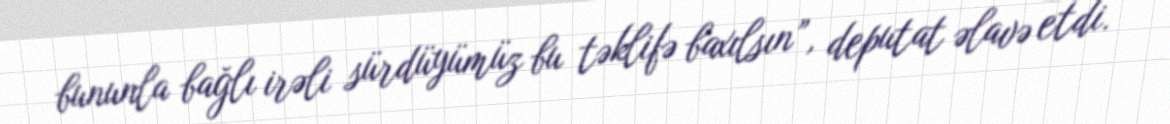
bununla bağlı irəli sürdüyümüz bu təklifə baxılsın”, deputat əlavə etdi.